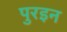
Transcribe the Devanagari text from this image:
पुरइन